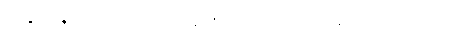
သုရဉ္စ ခီရဉ္စ မိဿေတွာ မုခေ ပက္ခိပန္တိ, ခီရမေဝ ပဝိသတိ, န သုရာ။ ယထာ ကိံ?